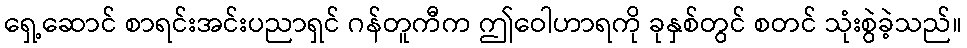
ရှေ့ဆောင် စာရင်းအင်းပညာရှင် ဂန်တူကီက ဤဝေါဟာရကို ခုနှစ်တွင် စတင် သုံးစွဲခဲ့သည်။